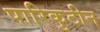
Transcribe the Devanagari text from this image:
पारिकुटीन